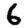
Digit: 6